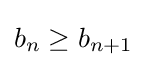
b_{n}\geq b_{n+1}